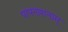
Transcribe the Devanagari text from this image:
पापनाशनाम्